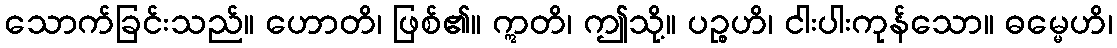
သောက်ခြင်းသည်။ ဟောတိ၊ ဖြစ်၏။ ဣတိ၊ ဤသို့။ ပဉ္စဟိ၊ ငါးပါးကုန်သော။ ဓမ္မေဟိ၊